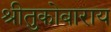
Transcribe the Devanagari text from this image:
श्रीतुकोबाराय